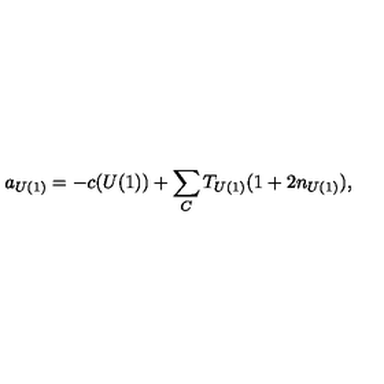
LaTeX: a _ { U ( 1 ) } = - c ( U ( 1 ) ) + \sum _ { C } T _ { U ( 1 ) } ( 1 + 2 n _ { U ( 1 ) } ) ,